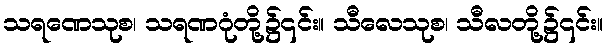
သရဏေသုစ၊ သရဏဂုံတို့၌၎င်း။ သီလေသုစ၊ သီလတို့၌၎င်း။